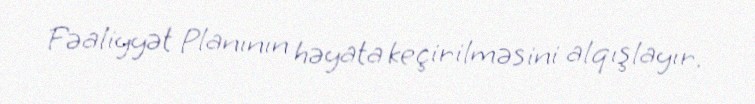
Fəaliyyət Planının həyata keçirilməsini alqışlayır.